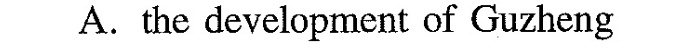
A.the development of Guzheng